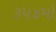
૩૫૪મો